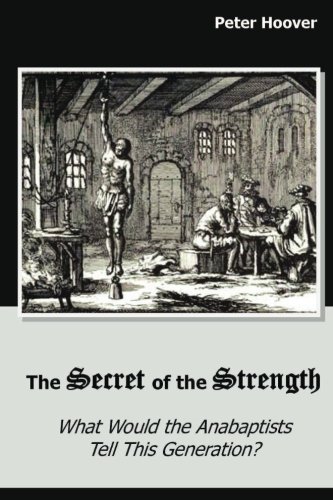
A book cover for The Secret of the Strength: What Would the Anabaptists Tell This Generation?; Peter Hoover; Christian Books & Bibles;